Report of the Hyderabad Chloroform Commission
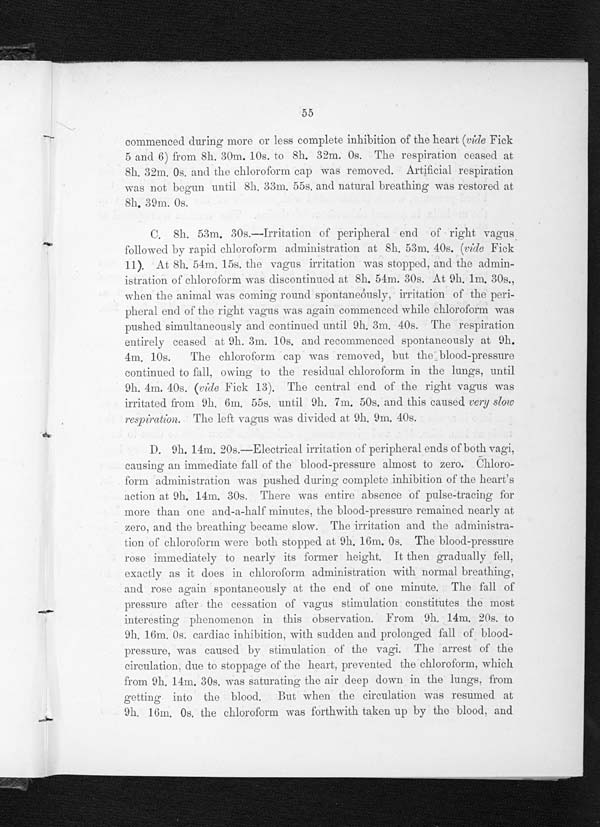
55
commenced during more or less complete inhibition of the heart (vide Fick
5 and 6) from 8h. 30m. 10s. to 8h. 32m. 0s. The respiration ceased at
8h. 32m. 0s. and the chloroform cap was removed. Artificial respiration
was not begun until 8h. 33m. 55s. and natural breathing was restored at
8h. 39m. 0s.
C.8 h . 5 3 m . 3 0 s . — I r r i t a t i o n o f p e r i p h e r a l e n d o f r i g h t , v a g u s
followed by rapid chloroform administration at 8h. 53m. 40s. (vide Fick
11). At 8h. 54m. 1 5s. the vagus irritation was stopped, and the admin-
istration of chloroform was discontinued at 8h. 54m. 30s. At 9h. 1m. 30s.,
when the animal was coming round spontaneously, irritation of the peri-
pheral end of the right vagus was again commenced while chloroform was
pushed simultaneously and. continued until 9h. 3m. 40s. The respiration
entirely ceased at 9h. 3m. 10s. and recommenced spontaneously at 9h.
4m. 10s. The chloroform cap was removed, but the blood-pressure
continued to fall, owing to the residual chloroform in the lungs, until
9h. 4m. 40s. (vide Fick 13). The central end of the right vagus was
irritated from 9h. 6m. 55s, until 9h. 7m. 50s. and this caused v ery slow
respiration. The left vagus was divided at 9h. 9m. 40s.
D. 9h. 14m. 20s.—Electrical irritation of peripheral ends of both vagi,
causing an immediate fall of the blood-pressure almost to zero. Chloro-
form administration was pushed during complete inhibition of the heart's
action at 9h. 14m. 30s. There was entire absence of pulse-tracing for
more than one and-a-half minutes, the blood-pressure remained nearly at
zero, and the breathing became slow. The irritation and the administra-
tion of chloroform were both stopped at 9h. 16m. 0s. The blood-pressure
rose immediately to nearly its former height. It then gradually
f e l l , e x a c t l y a s i t d o e s i n c h l o r o f o r m a d m i n i s t r a t i o n w i t h n o r m a l b r e a t h i n g ,
and rose again spontaneously at the end of one minute. The fall of
pressure after the cessation of vagus stimulation constitutes the most
interesting ph enomenon in this observation. From 9h. 14m. 20s. to
9h. 16m. 0s. cardiac inhibition, with sudden and prolonged fall of blood-
pressure, was caused by stimulation of the vagi. The arrest of the
circulation, due to stoppage of the heart, prevented the chloroform, which
from 9h. 14m. 30s. was saturating the air deep down in the lungs. from
getting into the blood. But when the circulation was resumed at
9h. 16m. 0s. the chloroform was forthwith taken up by the blood, and